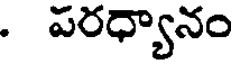
. పరధ్యానం